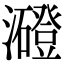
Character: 𤃶